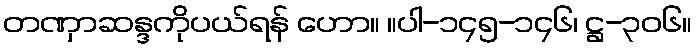
တဏှာဆန္ဒကိုပယ်ရန် ဟော။ ။ပါ-၁၄၅-၁၄၆၊ ဋ္ဌ-၃၀၆။